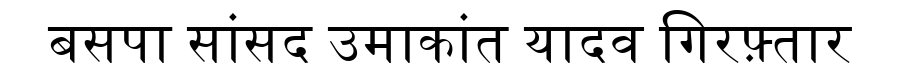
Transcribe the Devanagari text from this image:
बसपा सांसद उमाकांत यादव गिरफ़्तार